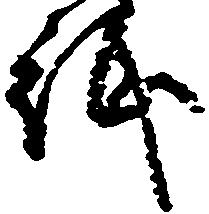
祗